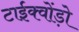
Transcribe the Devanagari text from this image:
टाईक्वोंड़ो